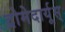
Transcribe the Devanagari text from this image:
द्रोमेदार्यूस्